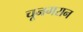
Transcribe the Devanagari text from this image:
चूनगरान